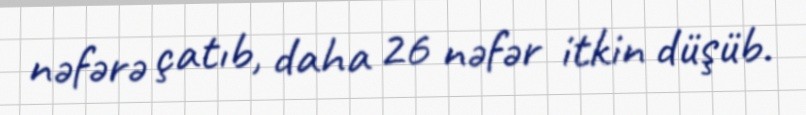
nəfərə çatıb, daha 26 nəfər itkin düşüb.